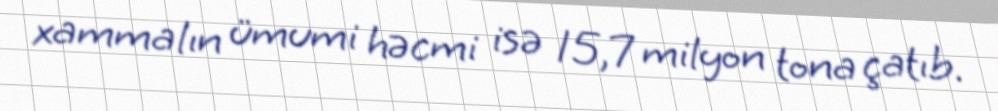
xammalın ümumi həcmi isə 15,7 milyon tona çatıb.